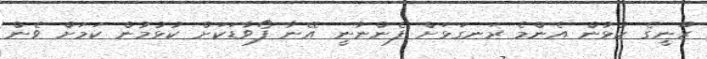
ރޫނީގެ ކުޅުން އެންމެ ރަނގަޅަށް ފެންނާނީ އޭނާ ފޯވާޑަކަށް ކުޅުމުން ކަމަށް ވެން